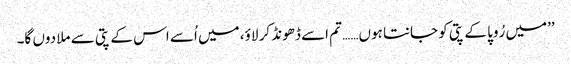
’’میں رُوپا کے پتی کو جانتا ہوں…… تم اسے ڈھونڈ کر لاؤ، میں اُسے اس کے پتی سے ملا دوں گا۔